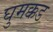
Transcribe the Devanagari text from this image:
घुमक्कड